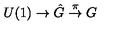
U ( 1 ) \to \hat { G } \stackrel { \pi } { \to } G